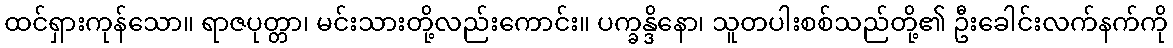
ထင်ရှားကုန်သော။ ရာဇပုတ္တာ၊ မင်းသားတို့လည်းကောင်း။ ပက္ခန္ဒိနော၊ သူတပါးစစ်သည်တို့၏ ဦးခေါင်းလက်နက်ကို